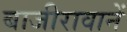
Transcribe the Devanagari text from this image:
बाजीरावानें